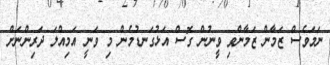
ނަމަވެސް ޒަމާން ޒަމާންވި ވީނުން ގޮސް އަޅުގަނޑުމެން މި ވަނީ އަމިއްލަ ދަރިންނަށް